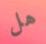
هل